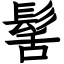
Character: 髺